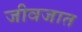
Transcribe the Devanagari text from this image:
जीवजात